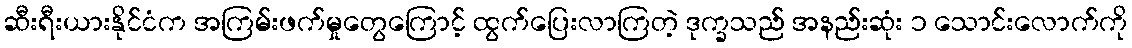
ဆီးရီးယားနိုင်ငံက အကြမ်းဖက်မှုတွေကြောင့် ထွက်ပြေးလာကြတဲ့ ဒုက္ခသည် အနည်းဆုံး ၁ သောင်းလောက်ကို